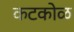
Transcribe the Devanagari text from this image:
कटकोळ